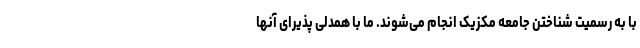
با به رسمیت شناختن جامعه مکزیک انجام می‌شوند. ما با همدلی پذیرای آنها